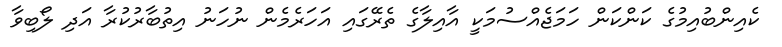
ކެއިންބުއިމުގެ ކަންކަން ހަމަޖެއްސުމަކީ އާއިލާގެ ތެރޭގައި އަހަރެމެން ނުހަނު އިތުބާރުކުރާ އަދި ލޯބިވާ